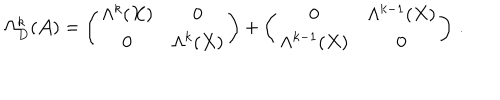
LaTeX: \Omega _ { D } ^ { k } ( { \cal A } ) = \left( \begin{array} { c c } { { \Lambda ^ { k } ( X ) } } & { { 0 } } \\ { { 0 } } & { { \Lambda ^ { k } ( X ) } } \\ \end{array} \right) + \left( \begin{array} { c c } { { 0 } } & { { \Lambda ^ { k - 1 } ( X ) } } \\ { { \Lambda ^ { k - 1 } ( X ) } } & { { 0 } } \\ \end{array} \right) \, .